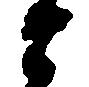
な